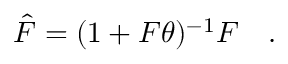
\hat { F } = ( 1 + F \theta ) ^ { - 1 } F \quad .